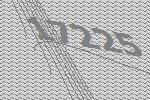
17225